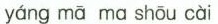
yáng mā mαshōu cài